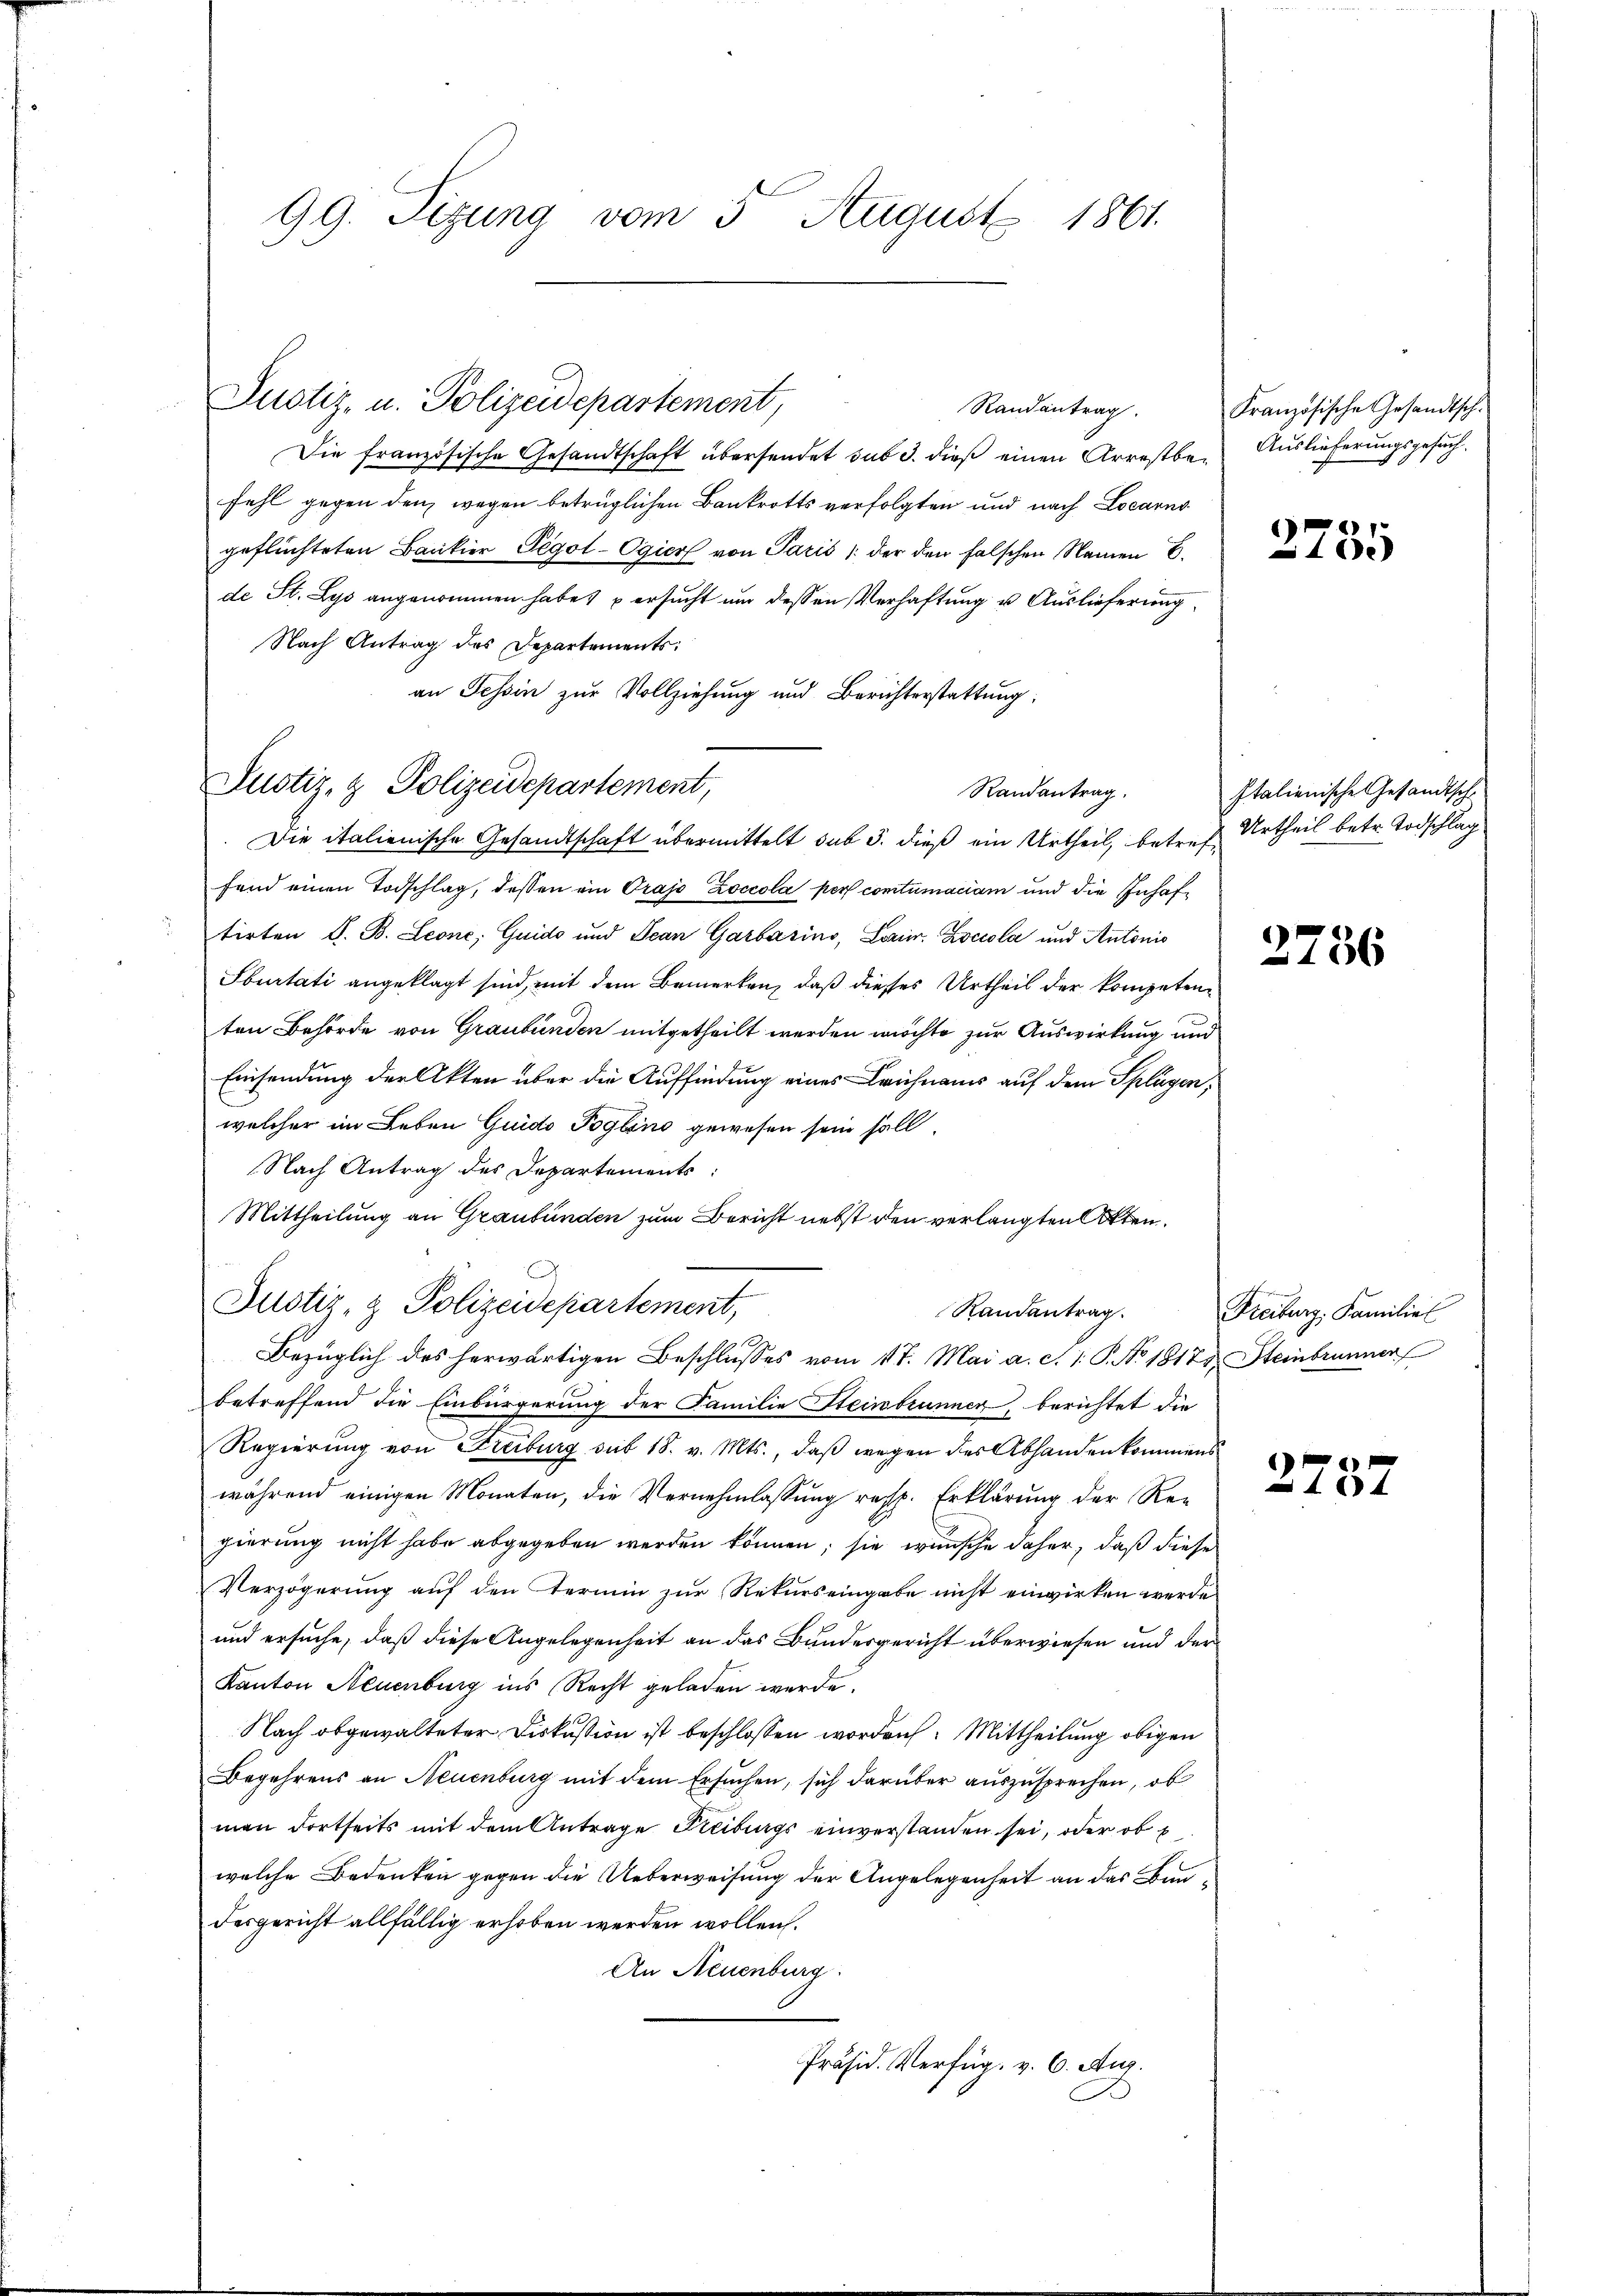
99. Sizung vom 5 August 1861.

Justiz- u. Polizeidepartement,
Randantrag.
Die französische Gesandtschaft übersendet sub 3. dieß einen Arrestb
fehl gegen den wegen betrüglichen Bankrotts verfolgten und nach Locarno
geflüchteten Bankier Pegol-Ogier von Paris / der den falschen Namen 6.
de St. Lyo angenommen habe, ersucht um dessen Verhaftung u. Auslieferung
Nach Antrag des Departements
an Tessin zur Vollziehung und Berichterstattung:
Die italienische Gesandtschaft übermittelt sub 3. dieß ein Urtheil, betr.
fend einen Todschlag, dessen ein Drajo Zoccola per contumaciam und die Inhaftirten S. B. Leone, Guido und Jean Garbasino, Loren. Zoccola und Antonis
Sburtati angeklagt sind, mit dem Bemerken, daß dieses Urtheil der kompetenten Behörde von Graubünden mitgetheilt werden möchte zur Auswirkung u.
Einsendung der Akten über die Auffindung eines Leichnams auf dem Splüge
welcher im Leben Guido Poglino gewesen sein fall,
Nach Antrag des Departements
Mittheilung an Graubünden zum Bericht nebst den verlangten Otten.
Justiz- & Polizeidepartement,
Randantrag.
Bezüglich des herwärtigen Beschlusses vom 17. Mai a. c. 1. P. No 181.
betreffend die Einbürgerung der Familie Steinbrunnen, berichtet die
Regierung von Freiburg sub 18. v. Mts., daß wegen des Abhanden komme
während einigen Monaten, die Vernehmlassung resp. Erklärung der Re-
gierung nicht habe abgegeben werden können; sie wünsche daher, daß die¬
Verzögerŭng aŭf den Termin zur Rekurs eingabe nicht einwirken wer¬
und ersuche, daß diese Angelegenheit an das Bundesgericht überwiesen und di
Kanton Neuenburg ins Recht geladen werde.
Nach abgewalteter Diskussion ist beschlossen worden. Mittheilung obigen
Begehrens an Neuenburg mit dem Ersuchen, sich darüber auszusprechen, ob
men dortseits mit dem Antrage Freibungs einverstanden sei, oder ob
welche Bedenken gegen die Ueberweisung der Angelegenheit an das Bundesgericht allfällig erhoben werden wollen.
An Neuenburg.
Präsid. Verfüg. v. 6. Aug.

Justiz- & Polizeidepartement,

Randantrag.

uf
.

Französische Gesandtsch.
Auslieferungsgesuch.

2755

Italienische Gesandtsche
Urtheil betr. Todschlag
E

2756

Freiburg, Familiel
7. Steinbrunner

i
e
1
n
1

1
xx